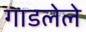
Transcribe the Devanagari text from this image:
गाडलेले